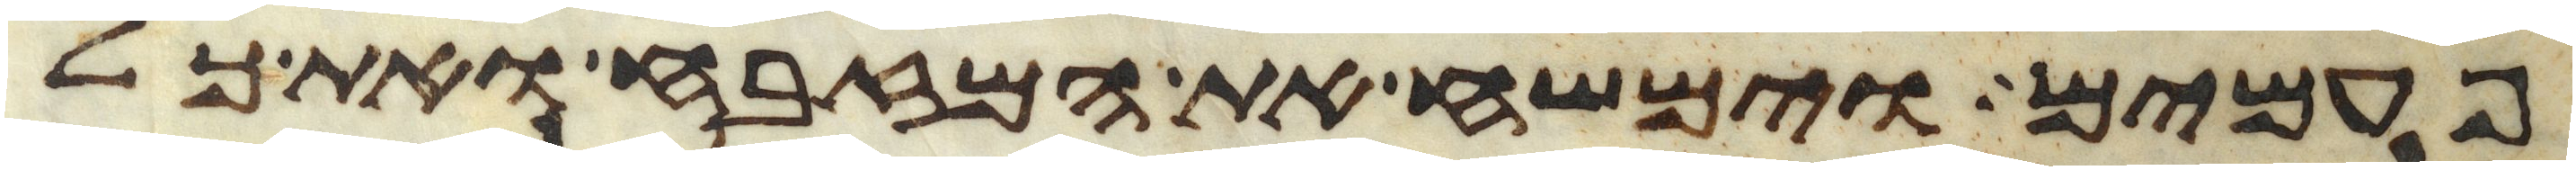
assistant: פעמים וימשח את המזבח ואת כל